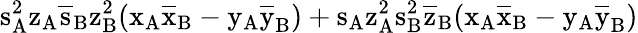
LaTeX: \mathrm{s_{A}^{2}\mathrm{z_{A}\mathrm{\overline{{s}}_{B}\mathrm{z_{B}^{2}(\mathrm{x_{A}\mathrm{\overline{{x}}_{B}-\mathrm{y_{A}\mathrm{\overline{{y}}_{B})+\mathrm{s_{A}\mathrm{z_{A}^{2}\mathrm{s_{B}^{2}\mathrm{\overline{{z}}_{B}(\mathrm{x_{A}\mathrm{\overline{{x}}_{B}-\mathrm{y_{A}\mathrm{\overline{{y}}_{B})}}}}}}}}}}}}}}}}